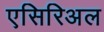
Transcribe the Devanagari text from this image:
एसिरिअल